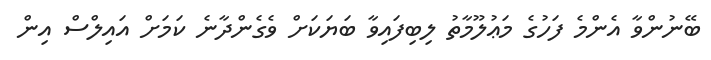
ބޭނުންވާ އެންމެ ފަހުގެ މަޢުލޫމާތު ލިބިފައިވާ ބަޔަކަށް ވެގެންދާނެ ކަމަށް އައިލްސް އިން